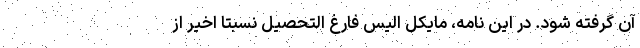
آن گرفته شود. در این نامه، مایکل الیس فارغ التحصیل نسبتا اخیر از